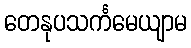
တေနုပသင်္ကမေယျာမ